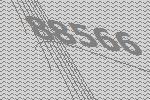
88566